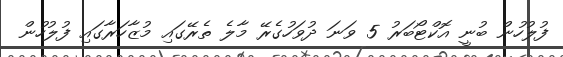
ފުލުހުން ބުނީ އޮކްޓޯބަރު 5 ވަނަ ދުވަހުގެރޭ މާލެ ތެރޭގައި މުޒާހަރާގައި ފުލުހުން